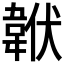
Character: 𩎧